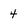
Character: 4